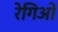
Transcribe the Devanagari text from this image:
रेगिओ